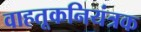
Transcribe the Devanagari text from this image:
वाहतूकनियंत्रक